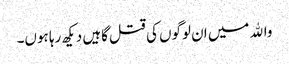
واﷲ میں ان لوگوں کی قتل گاہیں دیکھ رہا ہوں۔